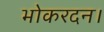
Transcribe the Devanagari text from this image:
भोकरदन।